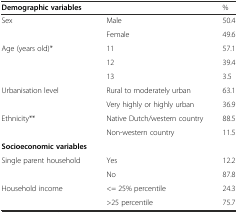
<table><thead><tr><td><b>Demographic variables</b></td><td></td><td><b>%</b></td></tr></thead><tbody><tr><td>Sex</td><td>Male</td><td>50.4</td></tr><tr><td></td><td>Female</td><td>49.6</td></tr><tr><td>Age (years old)*</td><td>11</td><td>57.1</td></tr><tr><td></td><td>12</td><td>39.4</td></tr><tr><td></td><td>13</td><td>3.5</td></tr><tr><td>Urbanisation level</td><td>Rural to moderately urban</td><td>63.1</td></tr><tr><td></td><td>Very highly or highly urban</td><td>36.9</td></tr><tr><td>Ethnicity**</td><td>Native Dutch/western country</td><td>88.5</td></tr><tr><td></td><td>Non-western country</td><td>11.5</td></tr><tr><td><b>Socioeconomic variables</b></td><td></td><td></td></tr><tr><td>Single parent household</td><td>Yes</td><td>12.2</td></tr><tr><td></td><td>No</td><td>87.8</td></tr><tr><td>Household income</td><td>&lt;= 25% percentile</td><td>24.3</td></tr><tr><td></td><td>&gt;25 percentile</td><td>75.7</td></tr></tbody></table>